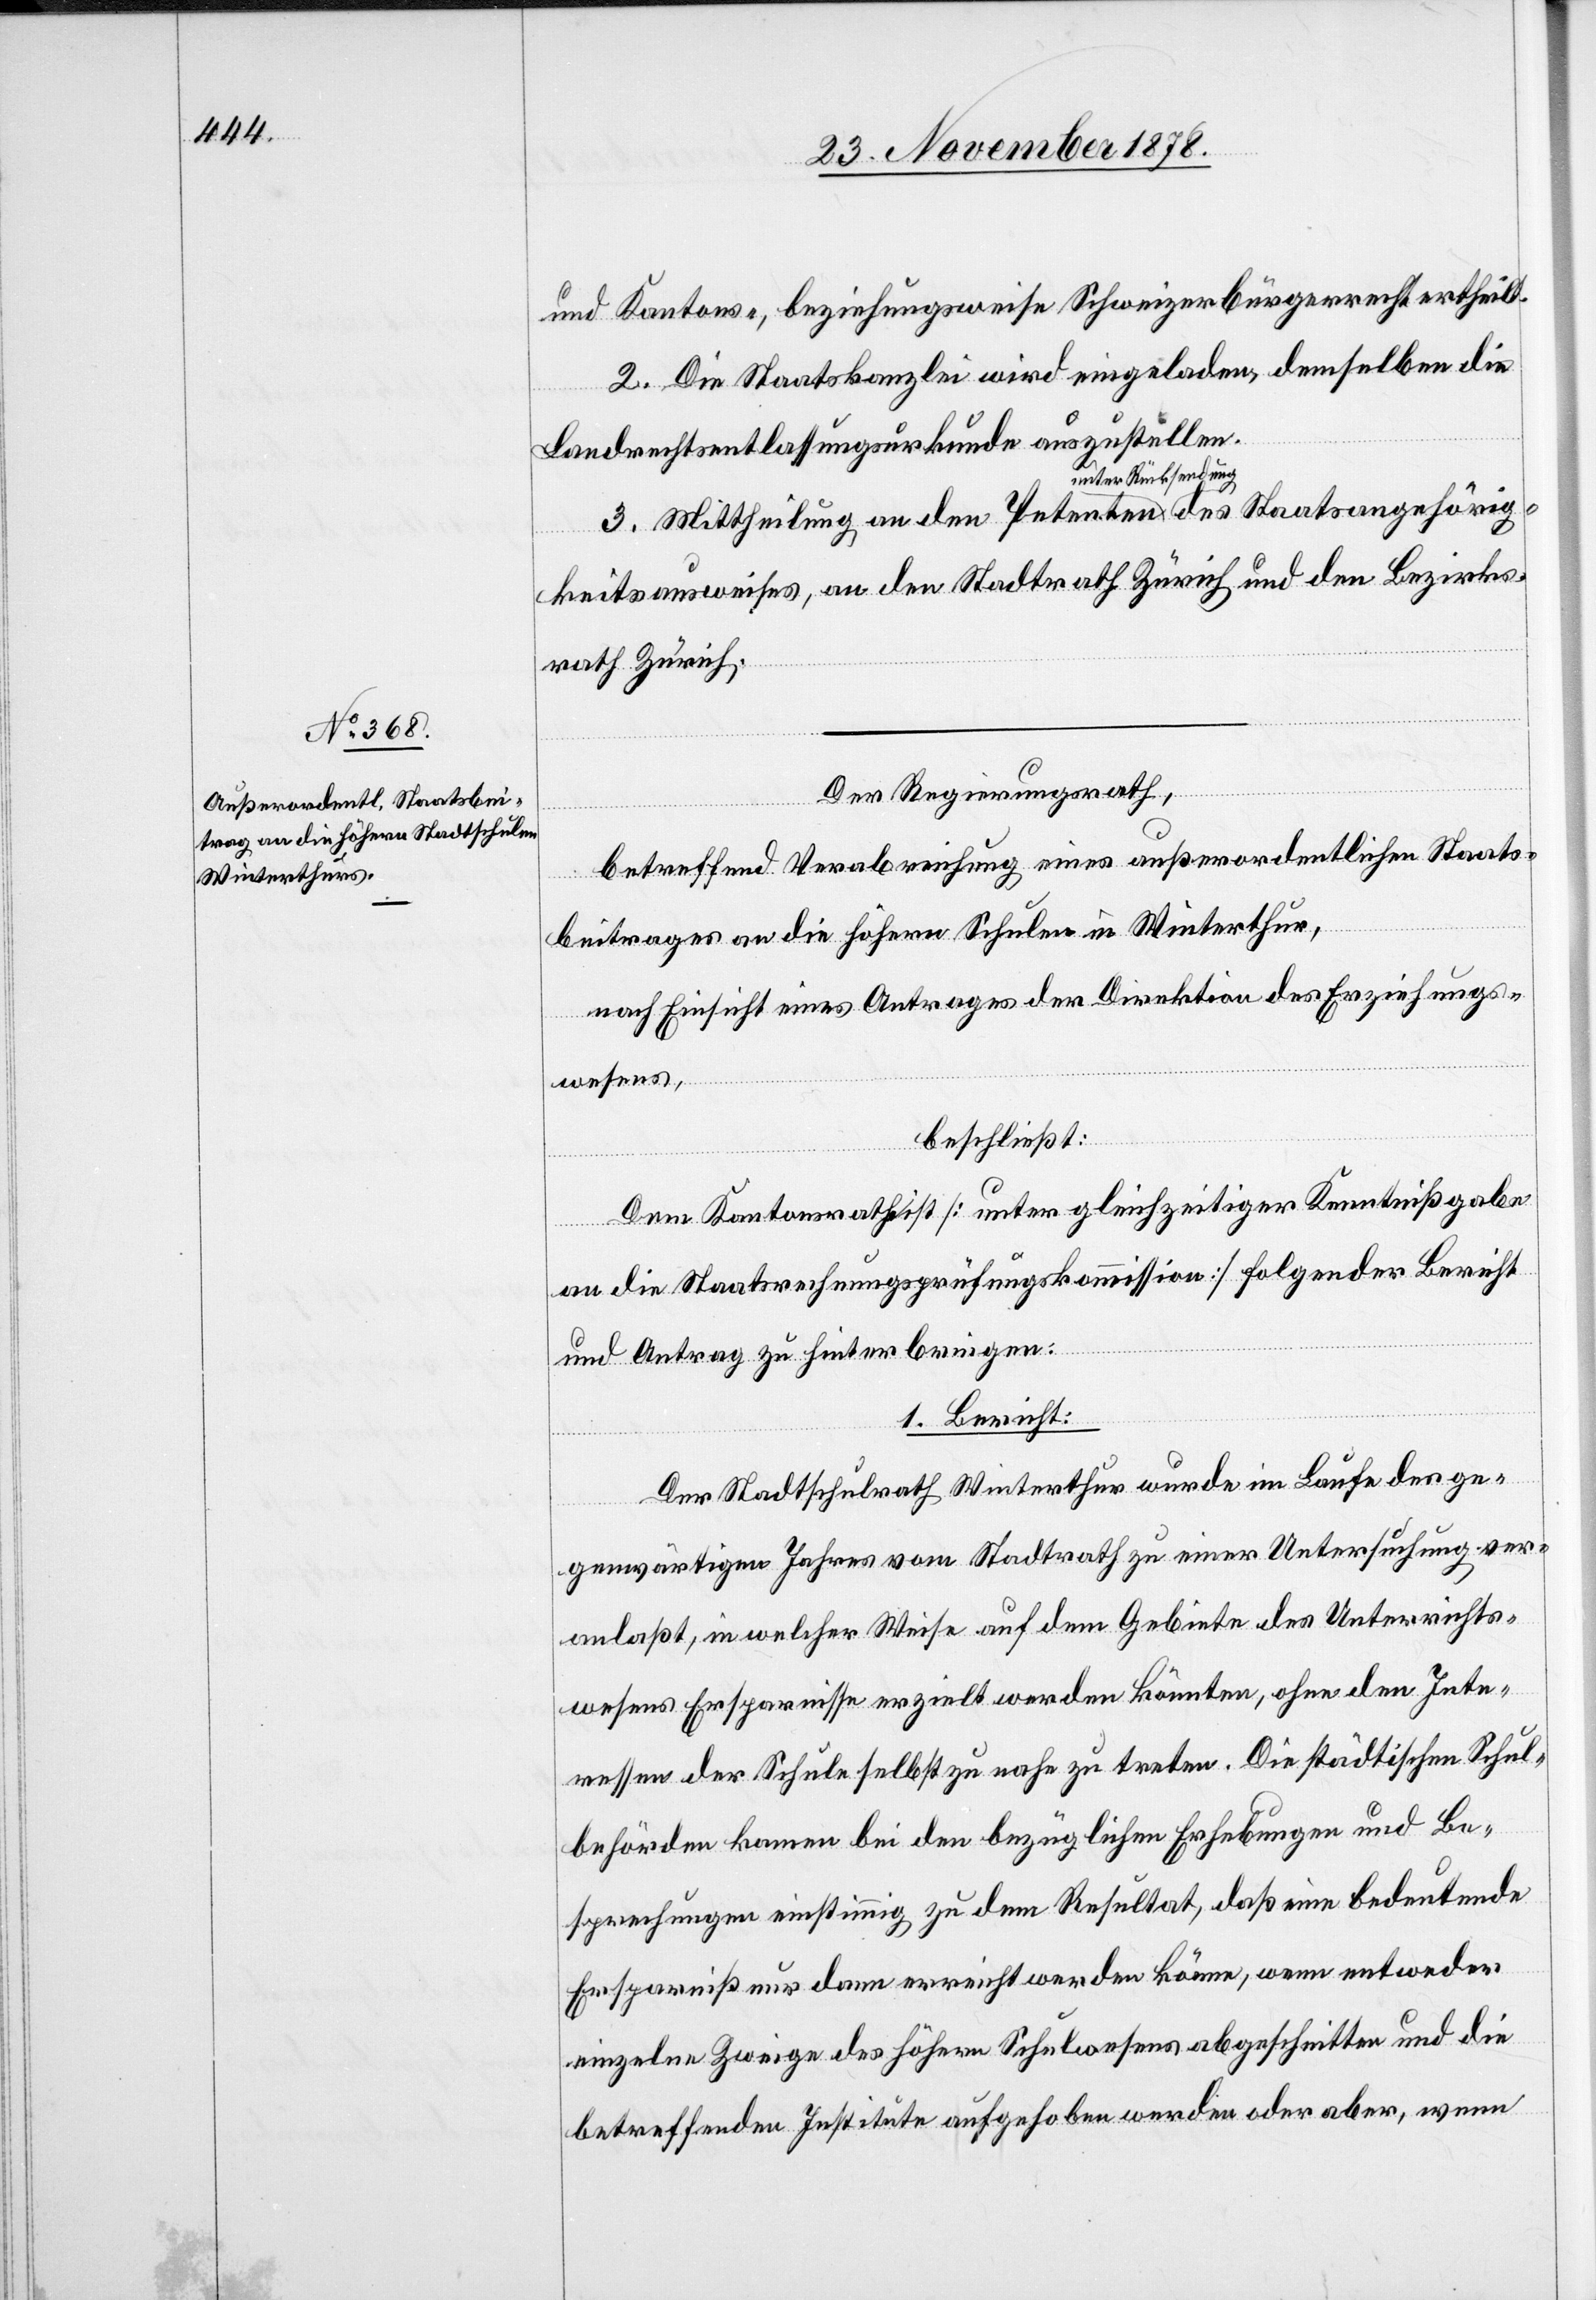
und Kantons-, beziehungsweise Schweizerbürgerrecht ertheilt.
2. Die Staatskanzlei wird eingeladen, demselben die
Landrechtsentlassungsurkunde auszustellen.
3. Mittheilung an den Petenten unter Rücksendung
keitsausweises, an den Stadtrath Zürich und den Bezirks¬
rath Zürich.
Der Regierungsrath,
betreffend Verabreichung eines außerordentlichen Staats¬
rig¬
beitrages an die höhern Schulen in Winterthur,
nach Einsicht eines Antrages der Direktion des Erziehungs¬
wesens,
beschließt:
Dem Kantonsrath ist [unter gleichzeitiger Kenntnißgabe
an die Staatsrechnungsprüfungskommission] folgender Bericht
und Antrag zu hinterbringen:
1. Bericht:
Der Stadtschulrath Winterthur wurde im Laufe des ge¬
genwärtigen Jahres vom Stadtrath zu einer Untersuchung ver¬
anlaßt, in welcher Weise auf dem Gebiete des Unterrichts¬
wesens Ersparnisse erzielt werden könnten, ohne den Inte¬
ressen der Schule selbst zu nahe zu treten. Die städtischen Schul¬
behörden kamen bei den bezüglichen Erhebungen und Be¬
sprechungen einstimmig zu dem Resultat, daß eine bedeutende
Ersparniß nur dann erreicht werden könne, wenn entweder
einzelne Zweige des höhern Schulwesens abgeschnitten und die
betreffenden Institute aufgehoben werden oder aber, wenn